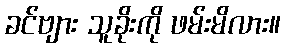
ခင်ဗျား သူခိုးကို ဖမ်းမိလား။